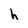
Character: h